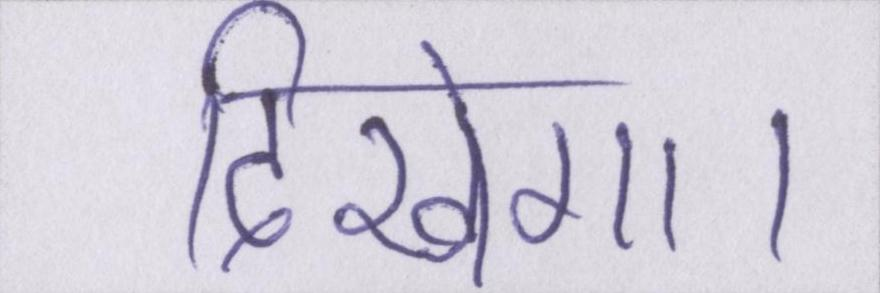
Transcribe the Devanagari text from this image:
दिखेगा।